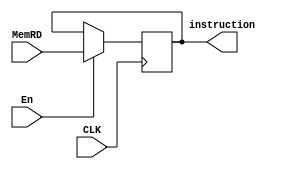
module IR(
    input CLK,
    input En,
    input [31:0] MemRD,
    output reg [31:0] instruction
);


    always @(posedge CLK) begin
        if (En) begin
            instruction <= MemRD;
        end
    end

endmodule